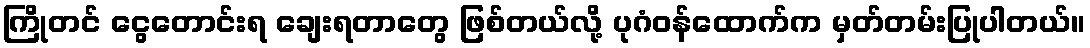
ကြိုတင် ငွေတောင်းရ ချေးရတာတွေ ဖြစ်တယ်လို့ ပုဂံဝန်ထောက်က မှတ်တမ်းပြုပါတယ်။